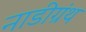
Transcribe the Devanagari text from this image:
नाडीग्रंथ